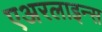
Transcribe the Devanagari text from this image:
एअरलाइन्‍स